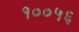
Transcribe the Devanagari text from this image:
१००५६